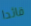
قائدا